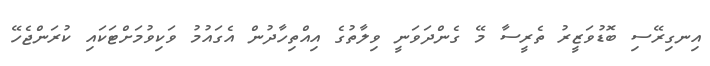
އިނގިރޭސި ބޮޑުވަޒީރު ތެރީސާ މޭ ގެންދަވަނީ ވިލާތުގެ އިއްތިހާދުން އެގައުމު ވަކިވުމަށްޓަކައި ކުރަންޖެހޭ